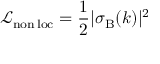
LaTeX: \mathcal { L } _ { \mathrm { n o n \, l o c } } = { \frac { 1 } { 2 } } | \sigma _ { \mathrm { B } } ( k ) | ^ { 2 }